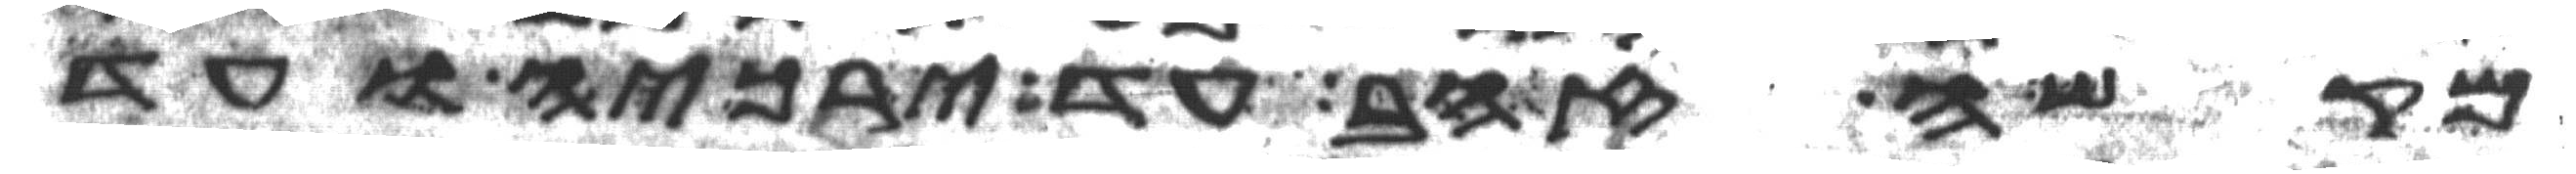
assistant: מקשה זהב עד ירכיה ועד